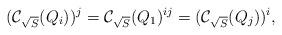
LaTeX: \begin{align*} (\mathcal{C}_{\sqrt{S}}({Q}_i))^{j} = \mathcal{C}_{\sqrt{S}}({Q}_1)^{ij} = (\mathcal{C}_{\sqrt{S}}({Q}_j))^{i},\end{align*}